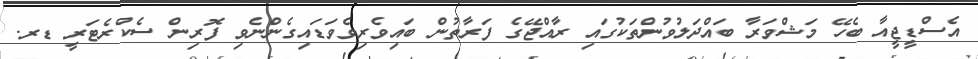
އެސްޑީޖީއާ ބެހޭ މަޝްވަރާ ބައްދަލުވުންތަކުގައި ރާއްޖޭގެ ފަރާތުން ބައިވެރިވެވަޑައިގެންނެވި ފޮރިން ސެކްރެޓަރީ ޑރ.